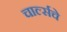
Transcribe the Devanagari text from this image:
चार्ल्सचे